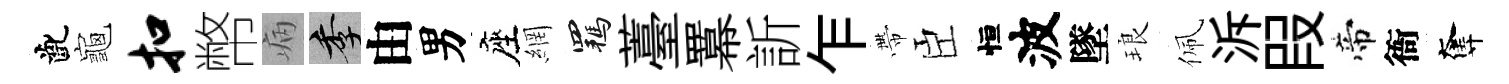
齔龜扣幣病季由男座網羈薹羃訢乍帶臣恒波墜琅佩泝叚帝衙奪